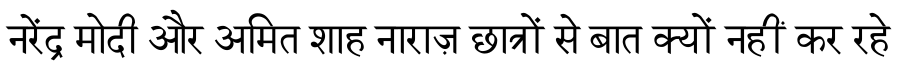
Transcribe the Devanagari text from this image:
नरेंद्र मोदी और अमित शाह नाराज़ छात्रों से बात क्यों नहीं कर रहे